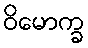
ဝိမောက္ခ